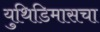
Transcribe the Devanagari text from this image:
युथिडिमासचा